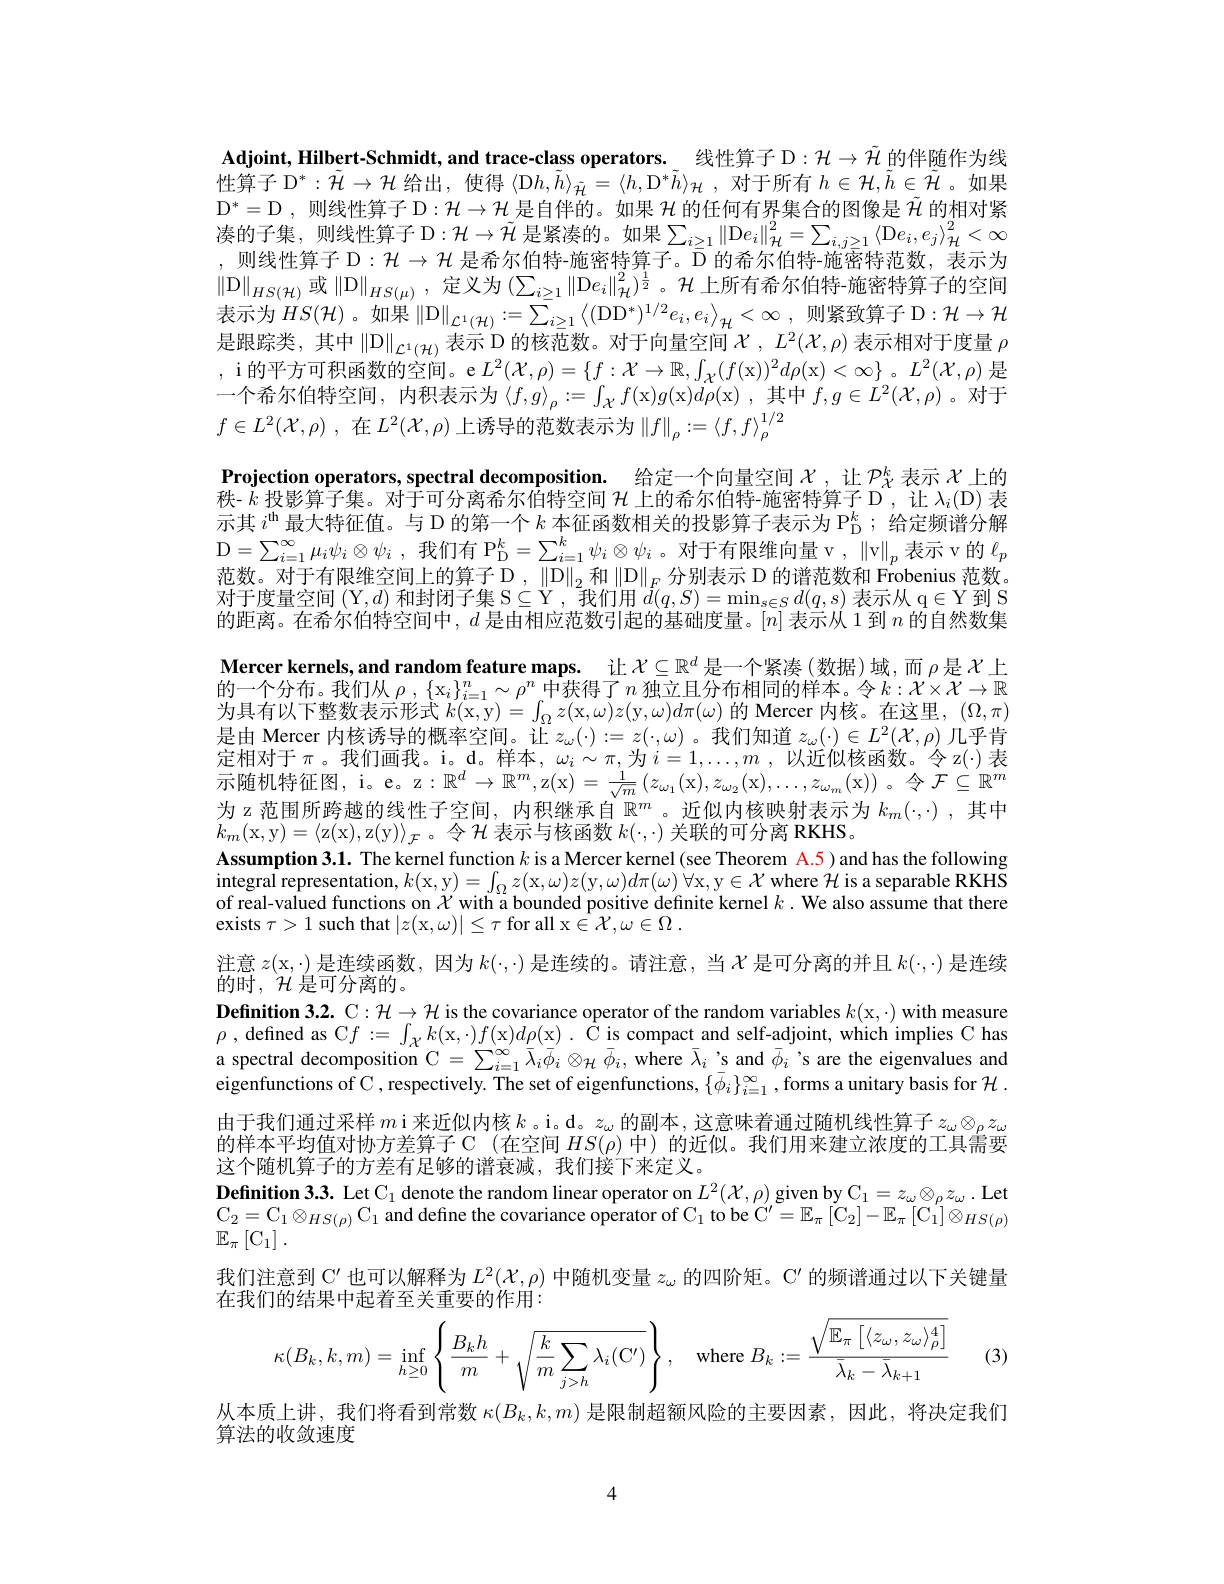
Adjoint, Hilbert-Schmidt, and trace-class operators. 。线性算子 D: $\mathcal{H}\to\tilde{\mathcal{H}}$的伴随作为线性算子$\mathcal{D}^*:\tilde{\mathcal{H}}\to\mathcal{H}$给出，使得$\langle$D$h,\tilde{h}\rangle_\tilde{\mathcal{H}}=\langle h$,D$^*\tilde{h}\rangle_\mathcal{H}$,对于所有$h\in\mathcal{H},\tilde{h}\in\tilde{\mathcal{H}}$。如果$\mathcal{D}^*=\mathcal{D}$,则线性算子 D$:\mathcal{H}\to\mathcal{H}$是自伴的。如果$\mathcal{H}$的任何有界集合的图像是$\tilde{\mathcal{H}}$的相对紧凑的子集，则线性算子 D$:\mathcal{H}\to\tilde{\mathcal{H}}$ 是紧凑的。如果$\sum_i\geq1\left\|\mathcal{D}e_i\right\|_{\mathcal{H}}^2=\sum_{i,j\geq1}\left\langle\mathcal{D}e_i,e_j\right\rangle_{\mathcal{H}}^2<\infty$ ,则线性算子$\mathcal{D}:\mathcal{H}\to\mathcal{H}$是希尔伯特-施密特算子。$\bar{\mathcal{D}}$的希尔伯特-施密特范数，表示为$\|\mathcal{D}\|_{HS(\mathcal{H})}$ 或$\|\mathcal{D}\|_{HS(\mu)}$, 定义为$(\sum_i\geq1\|\mathcal{D}e_i\|_{\mathcal{H}}^2)^{\frac12}$。$\mathcal{H}$ 上所有希尔伯特-施密特算子的空间表示为$HS(\mathcal{H})$。如果$^\prime\|\mathcal{D}\|_{\mathcal{L}^1(\mathcal{H})}:=\bar{\sum_{i\geq1}}\left\langle(\mathcal{DD}^*)^{1/2}e_i,e_i\right\rangle_{\mathcal{H}}<\infty$,则紧致算子 D$:\mathcal{H}\to\mathcal{H}$ 是跟踪类，其中$\|\mathcal{D}\|_\mathcal{L}^1(\mathcal{H})$表示 D 的核范数。对于向量空间 $\mathcal{X},L^2(\mathcal{X},\rho)$ 表示相对于度量 $\rho$ , i 的平方可积函数的空间。e $L^2( \mathcal{X} , \rho ) = \{ f: \mathcal{X} \to \mathbb{R} , \int _{\mathcal{X} }( f($x$) ) ^2d\rho ($x$)<\infty\}$。$L^2(\mathcal{X},\rho)$是一个希尔伯特空间，内积表示为$\langle f,g\rangle_\rho:=\int_{\mathcal{X}}f($x$)g($x$)d\rho($x),其中$f,g\in L^2(\mathcal{X},\rho)$。对于$f\in L^2( \mathcal{X} , \rho )$ ,在$L^2(\mathcal{X},\rho)$上诱导的范数表示为$\left\|f\right\|_\rho:=\left\langle f,f\right\rangle_\rho^1/2$
$\textbf{Projection operators, spectral decomposition. }$ 给定一个向量空间$\chi$ ,让$\mathcal{P}_X^k$表示$\mathcal{X}$上的$\bar{\text{秩- }k\text{ 投影算子集。对于可分离希尔伯特空间 }\mathcal{H}}$上的希尔伯特-施密特算子D，让 $\lambda_i(\mathcal{D})$ 表示其$i^\mathrm{th}$最大特征值。与 D 的第一个$k$本征函数相关的投影算子表示为$\mathbb{P}_{\mathrm{D}}^k$; 给定频谱分解$\mathcal{D} = \sum _{i= 1}^{\infty }\mu _{i}\psi _{i}\otimes \psi _{i}$ ,我们有$\mathcal{P}_{\mathcal{D}}^k=\sum_{i=1}^{k}\psi_{i}\otimes\psi_{i}$。对于有限维向量 v , $\left\|\mathrm{v}\right\|_p$表示 v 的$\ell_p$ 范数。对于有限维空间上的算子 $\mathcal{D},\left\|\mathcal{D}\right\|_2$和$\left\|\mathcal{D}\right\|_F$分别表示 D 的谱范数和 Frobenius 范数。对于度量空间$(\mathcal{Y},d)$和封闭子集 S$\subseteq\mathcal{Y}$,我们用$d(q,S)=\min_s\in Sd(q,s)$表示从 q$\in\mathcal{Y}$到 S 的距离。在希尔伯特空间中，$d$是由相应范数引起的基础度量。$[n]$表示从 1 到$n$的自然数集Mercer kernels,and random feature maps. 让 $\mathcal{X}\subseteq\mathbb{R}^d$ 是一个紧凑 (数据)域，而 $\rho$是$\mathcal{X}$ 上的一个分布。我们从$\rho,\left\{\mathrm{x}_i\right\}_{i=1}^n\sim\rho^n$中获得了$n$独立且分布相同的样本。令$k:\mathcal{X}\times\mathcal{X}\to\mathbb{R}$ 为具有以下整数表示形式$k($x,y)= $\int_\Omega z($x$,\omega)z($y$,\omega)d\pi(\omega)$的 Mercer 内核。在这里，$(\Omega,\pi)$ 是由 Mercer 内核诱导的概率空间。让$z_\omega(\cdot):=z(\cdot,\omega)$。我们知道$z_\omega(\cdot)\in L^2(\mathcal{X},\rho)$几乎肯定相对于$\pi$。我们画我。i。d。样本，$\omega_i\sim\pi$,为$i=1,\ldots,m$,以近似核函数。令 z(·)表示随机特征图，i。e。z: $\mathbb{R}^d\to\mathbb{R}^m$,z(x$)=\frac1{\sqrt{m}}\left(z_{\omega_{1}}(\mathrm{x}),z_{\omega_{2}}(\mathrm{x}),\ldots,z_{\omega_{m}}(\mathrm{x})\right)$。令$\mathcal{F}\subseteq\mathbb{R}^n$ 为 z 范围所跨越的线性子空间，内积继承自$\mathbb{R}^m$。近似内核映射表示为$k_m(\cdot,\cdot)$,其中$k_m($x,y$)=\langle$z(x),z(y$)\rangle_\mathcal{F}$。令$\mathcal{H}$表示与核函数$k(\cdot,\cdot)$关联的可分离 RKHS。
Assumption 3.1. The kernel function $k$ is a Mercer kernel (see Theorem A.5) and has the following integral representation, $k($x,y)= $\int_\Omega z($x$,\omega)z($y$,\omega)d\pi(\omega)$ $\forall$x,y$\in\mathcal{X}$ where $\mathcal{H}$ is a separable RKHS of real-valued functions on $\chi$ with a bounded positive definite kernel $k.$ We also assume that there exists $\tau>1$ such that $|z($x$,\omega)|\leq\tau$ for all x$\in\mathcal{X},\omega\in\Omega.$
注意$z($x,·) 是连续函数，因为$k(\cdot,\cdot)$是连续的。请注意，当$\mathcal{X}$是可分离的并且$k(\cdot,\cdot)$是连续
的时，$\mathcal{H}$是可分离的。
$\textbf{Definition 3. 2. C: }\mathcal{H} \to \mathcal{H}$ is the covariance operator of the random variables $k($x,·) with measure $\rho$ , defined as C$f:=\int_\mathcal{X}k($x$,\cdot)f($x$)d\rho($x$) . \text{ \^ {C}iscompact and self- adjoint, which impliesChas}$ a spectral decomposition C $=\sum_{i=1}^\infty\bar{\lambda}_i\bar{\phi}_i\otimes_\mathcal{H}\bar{\phi}_i$, where $\bar{\lambda}_i$ 's and $\bar{\phi}_i$ 's are the eigenvalues and eigenfunctions of C , respectively. The set of eigenfunctions, $\{\bar{\phi_i}\}_{i=1}^\infty$,forms a unitary basis for $\mathcal{H}$ 由于我们通过采样$m$ i 来近似内核$k$ 。i。d。$z_\omega$的副本，这意味着通过随机线性算子$z_\omega\otimes_\rho z_\omega$ 的样本平均值对协方差算子 C (在空间$HS(\rho)$中)的近似。我们用来建立浓度的工具需要这个随机算子的方差有足够的谱衰减，我们接下来定义。
$\textbf{Definition 3.3. Let C}_1$ denote the random linear operator on $L^2(\mathcal{X},\rho)$ given by C$_1=z_\omega\otimes_\rho z_\omega.$ Let $\begin{array}{l}{\mathrm{C}_{2}=\mathrm{C}_{1}\otimes_{HS(\rho)}\mathrm{C}_{1}\text{and define the covariance operator of C}_{1}\text{ to be C}^{\prime}=\mathbb{E}_{\pi}\left[\mathrm{C}_{2}\right]-\mathbb{E}_{\pi}\left[\mathrm{C}_{1}\right]\otimes_{HS(\rho)}}\\{\mathbb{F}_{[C_{1}]}}\end{array}$ $\mathbb{E}_\pi\left[\mathrm{C}_1\right].$
我们注意到$\mathbb{C}^{\prime}$也可以解释为$L^2(\mathcal{X},\rho)$中随机变量$z_\omega\text{ 的四阶矩。C}^{\prime}$的频谱通过以下关键量
在我们的结果中起着至关重要的作用：
$$\kappa(B_{k},k,m)=\inf\limits_{h\geq0}\left\{\frac{B_{k}h}{m}+\sqrt{\frac{k}{m}\sum\limits_{j>h}\lambda_{i}(C^{\prime})}\right\},\quad\mathrm{where}\:B_{k}:=\frac{\sqrt{\mathbb{E}_{\pi}\left[\langle z_{\omega},z_{\omega}\rangle_{\rho}^{4}\right]}}{\bar{\lambda}_{k}-\bar{\lambda}_{k+1}}$$
(3)

从本质上讲，我们将看到常数$\kappa(B_k,k,m)$是限制超额风险的主要因素，因此，将决定我们
算法的收敛速度

4